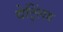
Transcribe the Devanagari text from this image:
वेट्लिंग